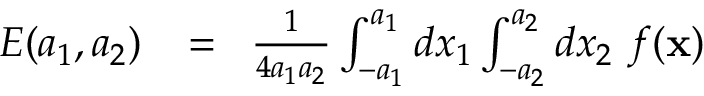
\begin{array} { r l r } { E ( a _ { 1 } , a _ { 2 } ) } & { { } \! = \! } & { { \frac { 1 } { 4 a _ { 1 } a _ { 2 } } } \int _ { - a _ { 1 } } ^ { a _ { 1 } } d x _ { 1 } \int _ { - a _ { 2 } } ^ { a _ { 2 } } d x _ { 2 } \ f ( { \bf x } ) } \end{array}